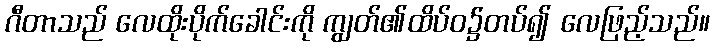
ဂီတာသည် လေထိုးပိုက်ခေါင်းကို ကျွတ်၏ထိပ်ဝ၌တပ်၍ လေဖြည့်သည်။